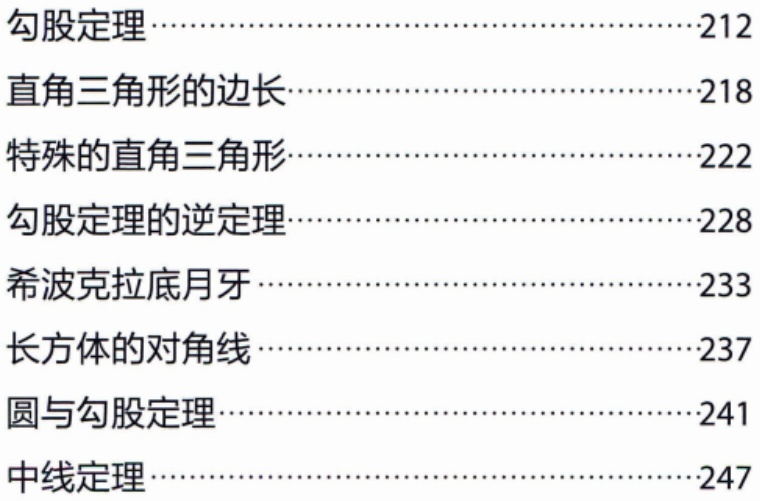
勾股定理.................................212

直角三角形的边长.................................218

特殊的直角三角形.................................222

勾股定理的逆定理.................................228

希波克拉底月牙.................................233

长方体的对角线.................................237

圆与勾股定理.................................241

中线定理.................................247